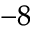
^ { - 8 }